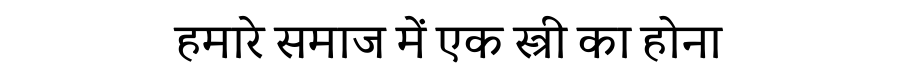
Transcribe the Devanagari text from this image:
हमारे समाज में एक स्त्री का होना